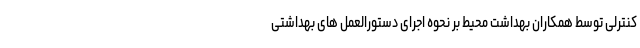
کنترلی توسط همکاران بهداشت محیط بر نحوه اجرای دستورالعمل های بهداشتی